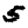
Digit: 5